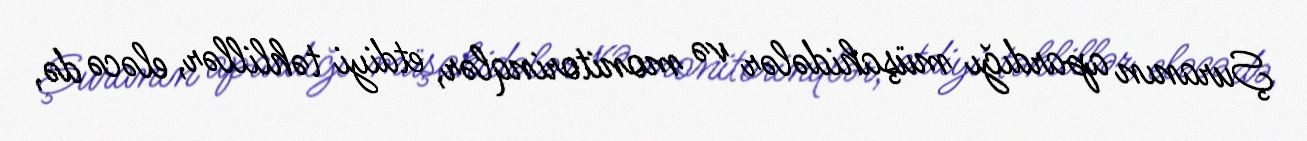
Şuranın apardığı müşahidələr və monitorinqlər, etdiyi təhlillər, eləcə də,